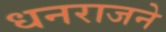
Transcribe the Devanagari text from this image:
धनराजने